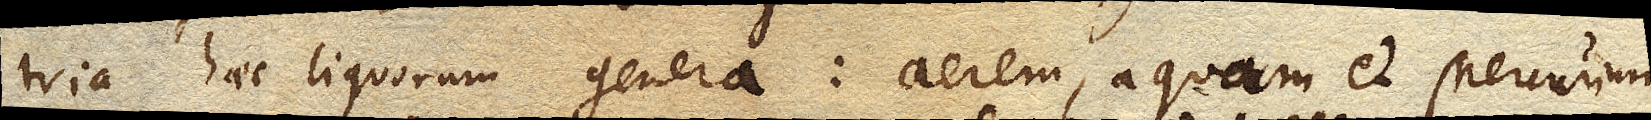
tria haec liquorum genera: aerem, aquam et Mercurium